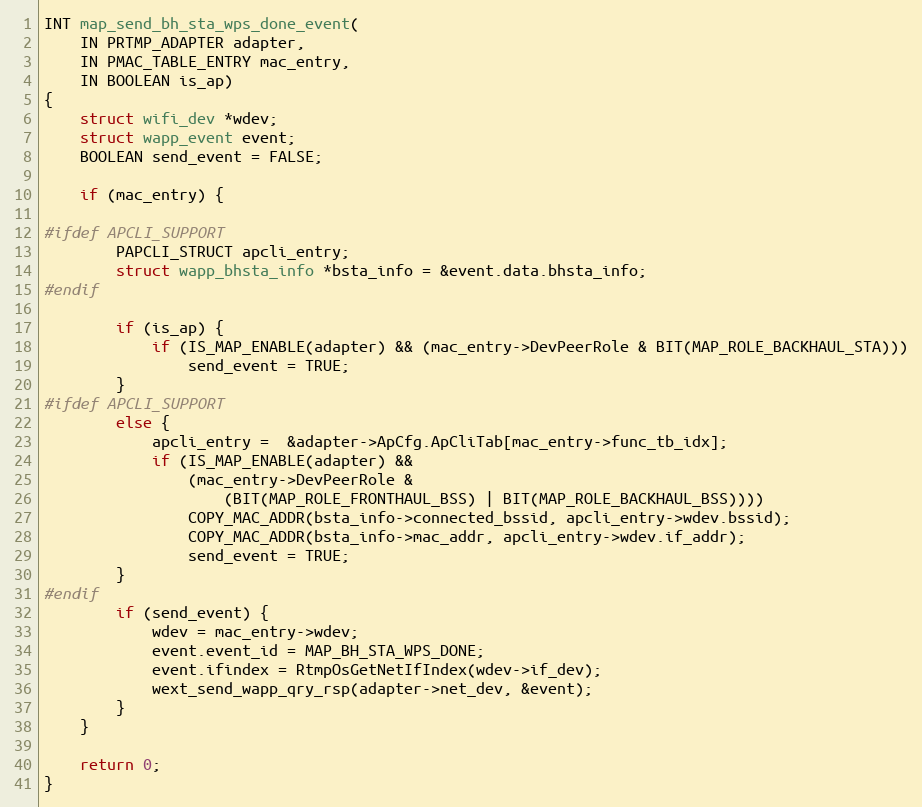
Language: C
INT map_send_bh_sta_wps_done_event(
	IN PRTMP_ADAPTER adapter,
	IN PMAC_TABLE_ENTRY mac_entry,
	IN BOOLEAN is_ap)
{
	struct wifi_dev *wdev;
	struct wapp_event event;
	BOOLEAN send_event = FALSE;

	if (mac_entry) {

#ifdef APCLI_SUPPORT
		PAPCLI_STRUCT apcli_entry;
		struct wapp_bhsta_info *bsta_info = &event.data.bhsta_info;
#endif

		if (is_ap) {
			if (IS_MAP_ENABLE(adapter) && (mac_entry->DevPeerRole & BIT(MAP_ROLE_BACKHAUL_STA)))
				send_event = TRUE;
		}
#ifdef APCLI_SUPPORT
		else {
			apcli_entry =  &adapter->ApCfg.ApCliTab[mac_entry->func_tb_idx];
			if (IS_MAP_ENABLE(adapter) &&
				(mac_entry->DevPeerRole &
					(BIT(MAP_ROLE_FRONTHAUL_BSS) | BIT(MAP_ROLE_BACKHAUL_BSS))))
				COPY_MAC_ADDR(bsta_info->connected_bssid, apcli_entry->wdev.bssid);
				COPY_MAC_ADDR(bsta_info->mac_addr, apcli_entry->wdev.if_addr);
				send_event = TRUE;
		}
#endif
		if (send_event) {
			wdev = mac_entry->wdev;
			event.event_id = MAP_BH_STA_WPS_DONE;
			event.ifindex = RtmpOsGetNetIfIndex(wdev->if_dev);
			wext_send_wapp_qry_rsp(adapter->net_dev, &event);
		}
	}

	return 0;
}